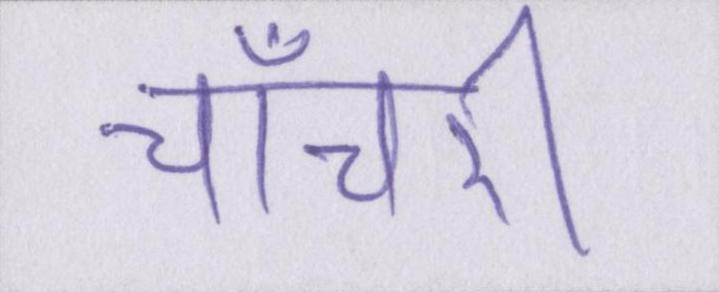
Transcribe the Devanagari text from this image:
चाँचरी